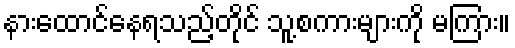
နားထောင်နေရသည့်တိုင် သူ့စကားများကို မကြား။